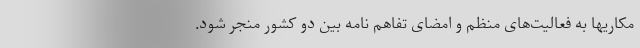
مکاریها به فعالیت‌های منظم و امضای تفاهم نامه بین دو کشور منجر شود.